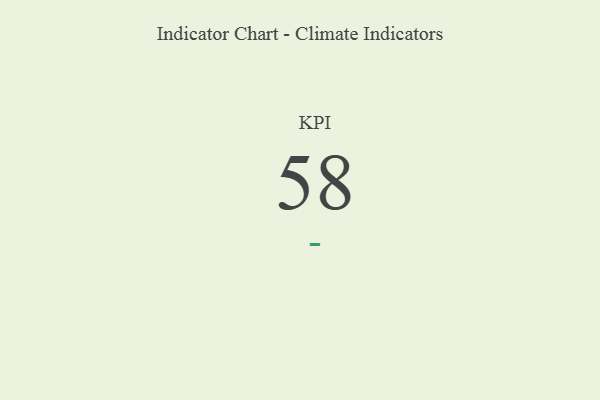
{"axis": {"x": "KPI", "y": "Value"}, "legend": [""], "data": [{"x": "KPI", "y": 58, "type": ""}]}